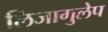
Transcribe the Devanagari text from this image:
लिजागुलेप